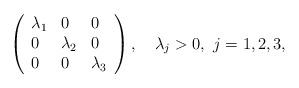
LaTeX: \begin{align*}\left(\begin{array}{lll}\lambda_1 & 0 & 0\\0 & \lambda_2 & 0\\0 & 0 & \lambda_3\end{array}\right),\quad\lambda_j>0,\,\,j=1,2,3,\end{align*}